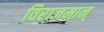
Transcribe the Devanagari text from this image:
विराजमान्‌